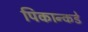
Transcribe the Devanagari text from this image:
पिकान्कडे